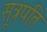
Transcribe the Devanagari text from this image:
सूत्रपति